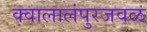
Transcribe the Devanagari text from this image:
क्वालालंपुरजवळ